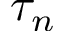
\tau _ { n }